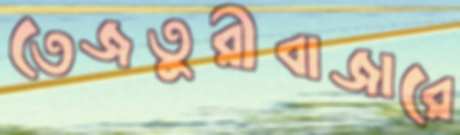
তেজতুরীবাজারে